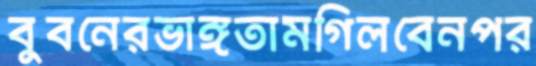
বুবনেরভাঙ্গতামগিলবেনপর